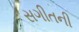
સગીતની